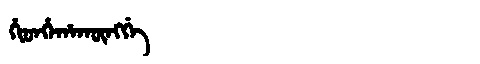
Manchu: ᡥᡳᡨᡥᡝᡥᠠᡴᡡᠩᡤᡝ
Romanization: HITHEHAKŪNGGE